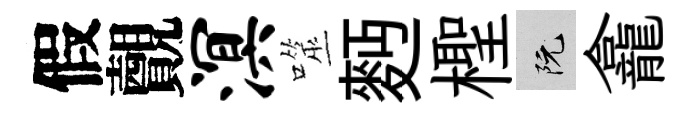
假覿溟噬麪檉阮龕